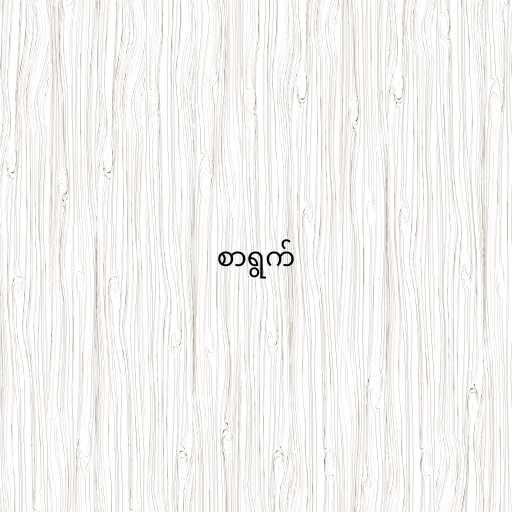
စာရွက်